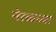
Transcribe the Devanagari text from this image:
नेरळ्च्या